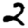
Digit: 2